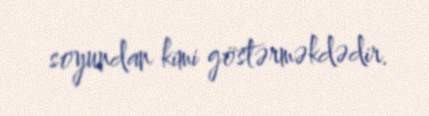
soyundan kimi göstərməkdədir.